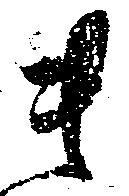
貴